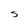
Character: S